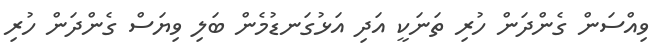
ވިއްސަން ގެންދަން ހުރި ތަނަކީ އަދި އަޅުގަނޑުމެން ބަލި ވިޔަސް ގެންދަން ހުރި